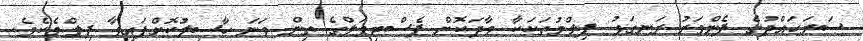
ސަރަހައްދުގެ ފެންވަރު ރަނގަޅު ފިލްމުތަކަކާ ވާދަކޮށް ފެސްޓިވަލްގެ ތިން ވަނަ ހާސިލުކޮށްފައިވާ ފިލްމެކެވެ.